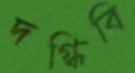
দগ্ধিবি